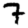
Digit: 7